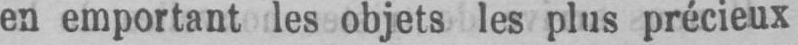
en emportant les objets les plus précieux